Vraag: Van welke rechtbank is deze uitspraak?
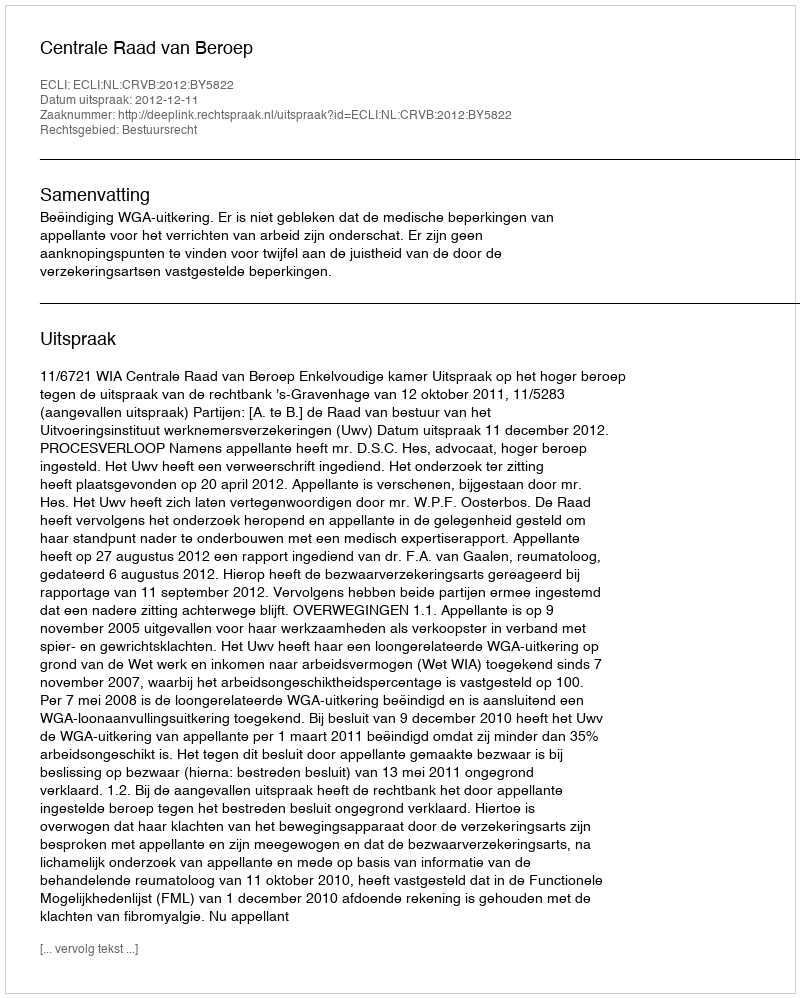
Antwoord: Centrale Raad van Beroep